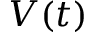
V ( t )